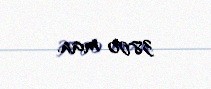
3800 man.